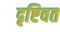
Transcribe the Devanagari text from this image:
दृष्टिवत